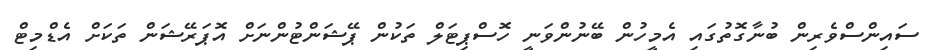
ސައިންސްވެރިން ބުނާގޮތުގައި އެމީހުން ބޭނުންވަނީ ހޮސްޕިޓަލް ތަކުން ޕޭޝަންޓުންނަށް އޮޕަރޭޝަން ތަކަށް އެޑްމިޓް